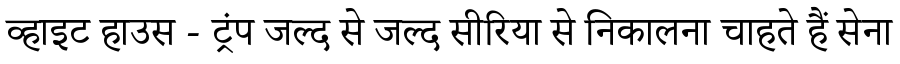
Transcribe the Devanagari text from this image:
व्हाइट हाउस - ट्रंप जल्द से जल्द सीरिया से निकालना चाहते हैं सेना